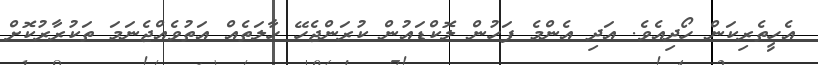
އެހީތެރިކަން ހޯދިއެވެ. އަދި އެންމެ ފަހުން ލޮކްޑައުން ކުރަންޖެހޭ ހާލަތެއް އަތުވެއްޖެނަމަ ތަކުރާރުކޮށް